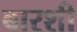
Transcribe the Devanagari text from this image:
बारशी